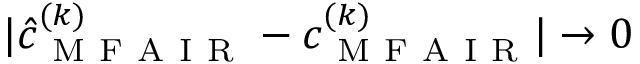
| \hat { c } _ { \mathrm { ~ M ~ F ~ A ~ I ~ R ~ } } ^ { ( k ) } - c _ { \mathrm { ~ M ~ F ~ A ~ I ~ R ~ } } ^ { ( k ) } | \to 0